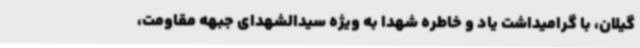
گیلان، با گرامیداشت یاد و خاطره شهدا به ویژه سیدالشهدای جبهه مقاومت،